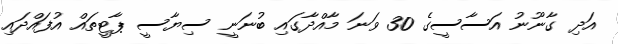
އަދި ގާނޫނު އަސާސީގެ 30 ވަނަ މާއްދާގައި ބުނަނީ ސިޔާސީ ޕާޓީތައް އުފައްދައި